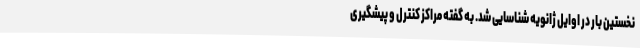
نخستین بار در اوایل ژانویه شناسایی شد. به گفته مراکز کنترل و پیشگیری